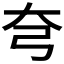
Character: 𡗝